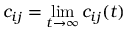
c _ { i j } = \operatorname* { l i m } _ { t \to \infty } c _ { i j } ( t )